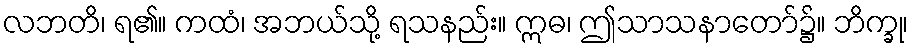
လဘတိ၊ ရ၏။ ကထံ၊ အဘယ်သို့ ရသနည်း။ ဣဓ၊ ဤသာသနာတော်၌။ ဘိက္ခု၊